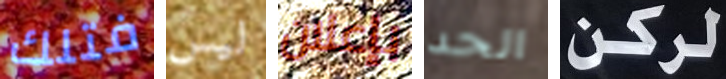
فتلك ليس بإعلان الحد لركن